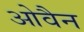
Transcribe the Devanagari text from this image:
ओवैन